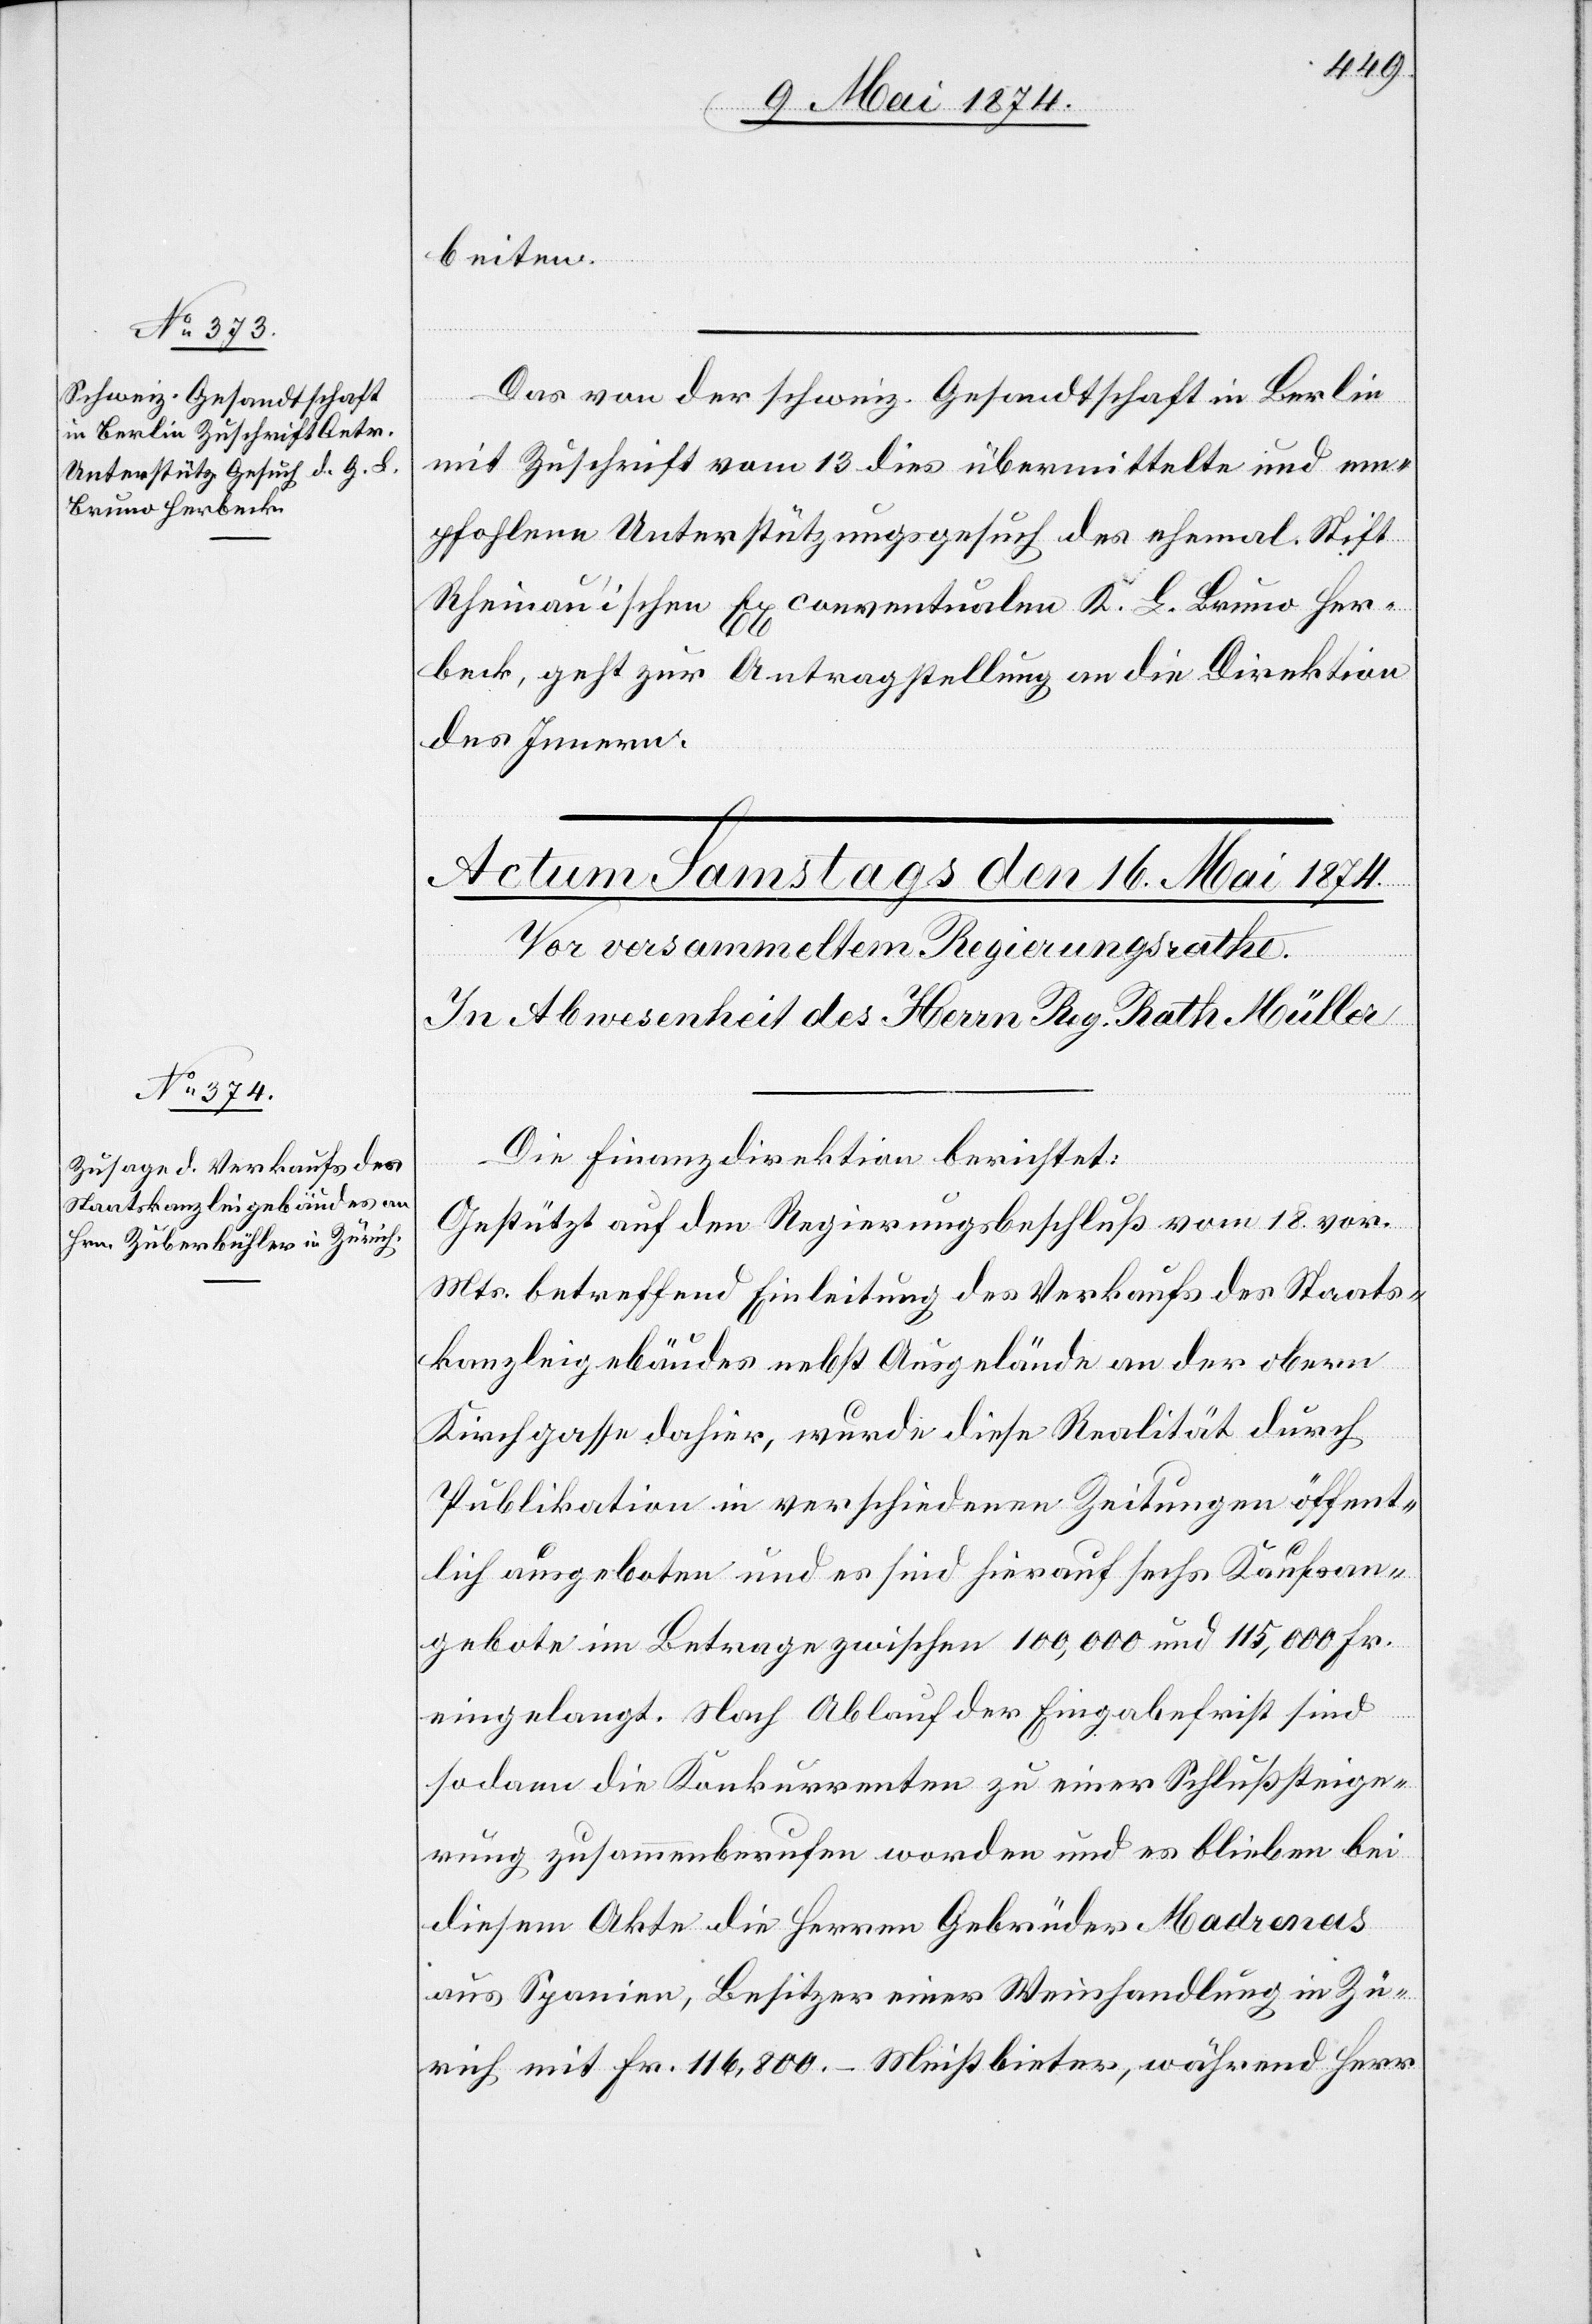
15. Mai 1874]
beiten
Das von der schweiz. Gesandtschaft in Berlin
mit Zuschrift vom 13. dies übermittelte und em¬
pfohlene Unterstützungsgesuch des ehemal. Stift
Rheinauischen Exconventualen K. G. [sic!] Bruno Her¬
beck, geht zur Antragstellung an die Direktion
des Innern.
Die Finanzdirektion berichtet:
Gestützt auf den Regierungsbeschluß vom 18. vor.
Mts. betreffend Einleitung des Verkaufs der Staats¬
kanzleigebäudes nebst Ausgelände an der obern
Kirchgasse dahier, wurde diese Realität durch
Publikation in verschiedenen Zeitungen öffent¬
lich ausgeboten und es sind hierauf sechs Kaufsan¬
gebote im Betrage zwischen 100,000 und 115,000 Fr.
eingelangt. Nach Ablauf der Eingabefrist sind
sodann die Konkurrenten zu einer Schlußsteige¬
rung zusammenberufen worden und es blieben bei
diesem Akte die Herren Gebrüder Madrenas
aus Spanien, Besitzer einer Weinhandlung in Zü¬
rich mit Fr. 116,800.– Meistbieter, während Herr